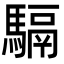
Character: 䮥